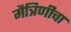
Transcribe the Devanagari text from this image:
मैत्रिणीचा